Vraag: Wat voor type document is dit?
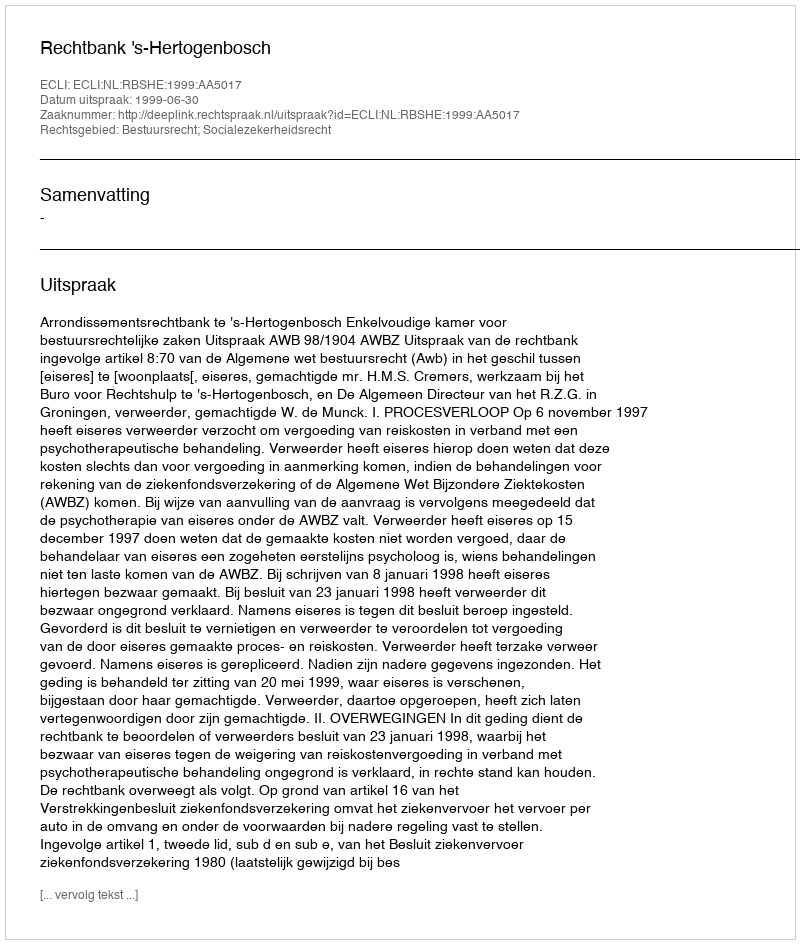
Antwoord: Uitspraak